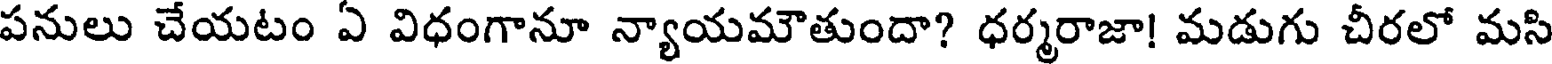
పనులు చేయటం ఏ విధంగానూ న్యాయమౌతుందా? ధర్మరాజా! మడుగు చీరలో మసి